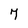
Character: 7